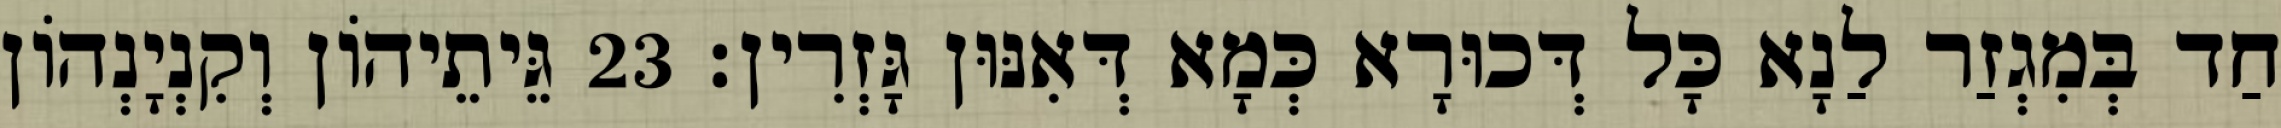
חַד בְּמִגְזַר לַנָא כָּל דְּכוּרָא כְּמָא דְּאִנּוּן גָּזְרִין׃ 23 גֵּיתֵיהוֹן וְקִנְיָנְהוֹן